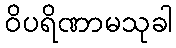
ဝိပရိဏာမသုခါ